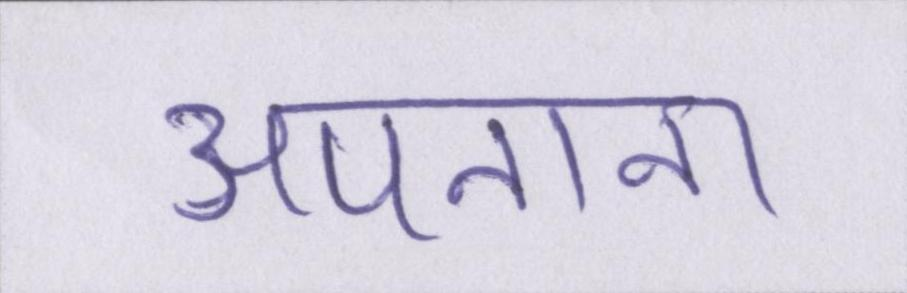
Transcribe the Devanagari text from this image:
अपनाना